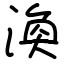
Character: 渙